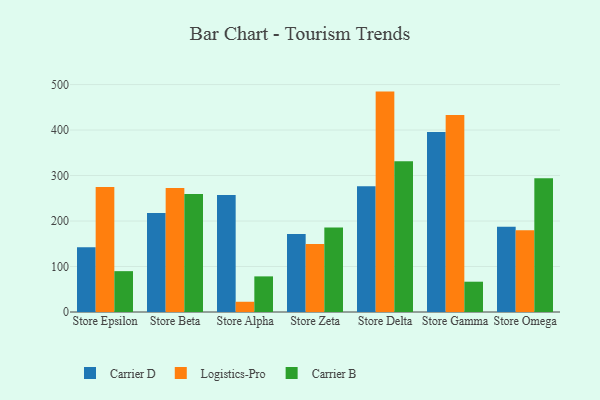
{"axis": {"x": "Store", "y": "Budget (USD K)"}, "legend": ["Carrier B", "Carrier D", "Logistics-Pro"], "data": [{"x": "Store Epsilon", "y": 142.6, "type": "Carrier D"}, {"x": "Store Epsilon", "y": 275.0, "type": "Logistics-Pro"}, {"x": "Store Epsilon", "y": 89.8, "type": "Carrier B"}, {"x": "Store Beta", "y": 217.4, "type": "Carrier D"}, {"x": "Store Beta", "y": 272.5, "type": "Logistics-Pro"}, {"x": "Store Beta", "y": 259.4, "type": "Carrier B"}, {"x": "Store Alpha", "y": 257.2, "type": "Carrier D"}, {"x": "Store Alpha", "y": 22.5, "type": "Logistics-Pro"}, {"x": "Store Alpha", "y": 78.3, "type": "Carrier B"}, {"x": "Store Zeta", "y": 171.4, "type": "Carrier D"}, {"x": "Store Zeta", "y": 149.4, "type": "Logistics-Pro"}, {"x": "Store Zeta", "y": 186.0, "type": "Carrier B"}, {"x": "Store Delta", "y": 276.7, "type": "Carrier D"}, {"x": "Store Delta", "y": 484.5, "type": "Logistics-Pro"}, {"x": "Store Delta", "y": 331.4, "type": "Carrier B"}, {"x": "Store Gamma", "y": 395.5, "type": "Carrier D"}, {"x": "Store Gamma", "y": 432.8, "type": "Logistics-Pro"}, {"x": "Store Gamma", "y": 66.6, "type": "Carrier B"}, {"x": "Store Omega", "y": 187.4, "type": "Carrier D"}, {"x": "Store Omega", "y": 179.5, "type": "Logistics-Pro"}, {"x": "Store Omega", "y": 293.8, "type": "Carrier B"}]}